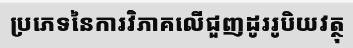
ប្រភេទនៃការវិភាគលើជួញដូររូបិយវត្ថុ